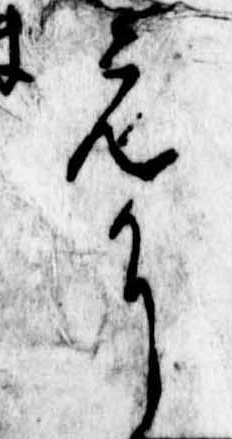
元に